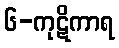
၆-ကုဋိကာရ